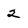
Character: 2